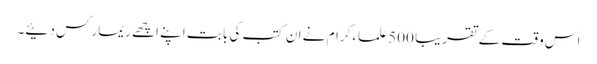
اس وقت کے تقریبا 500 علماء کرام نے ان کتب کی بابت اپنے اچھے ریمارکس دئیے۔